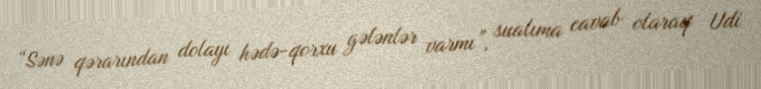
“Sənə qərarından dolayı hədə-qorxu gələnlər varmı”, sualıma cavab olaraq Udi